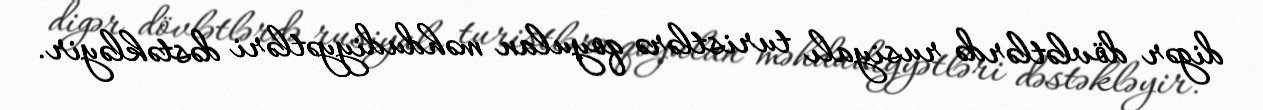
digər dövlətlərdə rusiyalı turistlərə qoyulan məhdudiyyətləri dəstəkləyir.